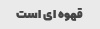
قهوه ای است